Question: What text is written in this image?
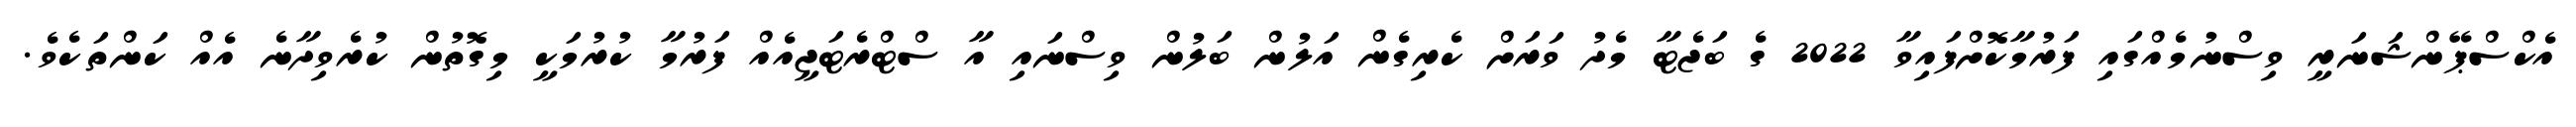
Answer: އެކްސްޕޭންޝަނަރީ ވިސްނުމެއްގައި ފަރުމާކޮށްފައިވާ 2022 ގެ ބަޖެޓާ މެދު ވަރަށް ކެރިގެން އަލުން ބަލުން ވިސްނައި އާ ސްޓްރެޓަޖީއެއް ފަރުމާ ކުރުމަކީ މިގޮތުން ކުރެވިދާނެ އެއް ކަންތަކެވެ.